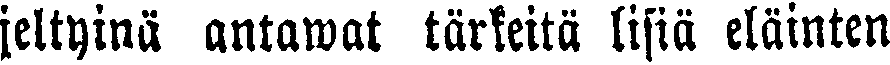
jeltyinä antawat tärkeitä lisiä eläinten